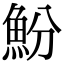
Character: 魵